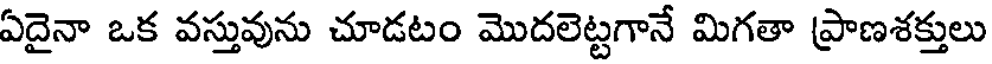
ఏదైనా ఒక వస్తువును చూడటం మొదలెట్టగానే మిగతా ప్రాణశక్తులు